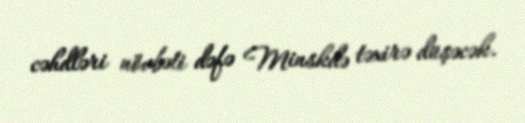
cəhdləri növbəti dəfə Minskdə təxirə düşəcək.